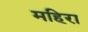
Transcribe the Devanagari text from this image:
महिरा